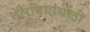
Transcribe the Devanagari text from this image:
तेलबियांसाठी